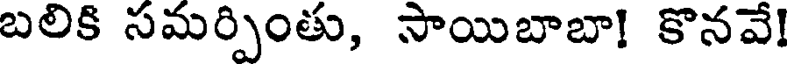
బలికి సమర్పింతు, సాయిబాబా! కొనవే!